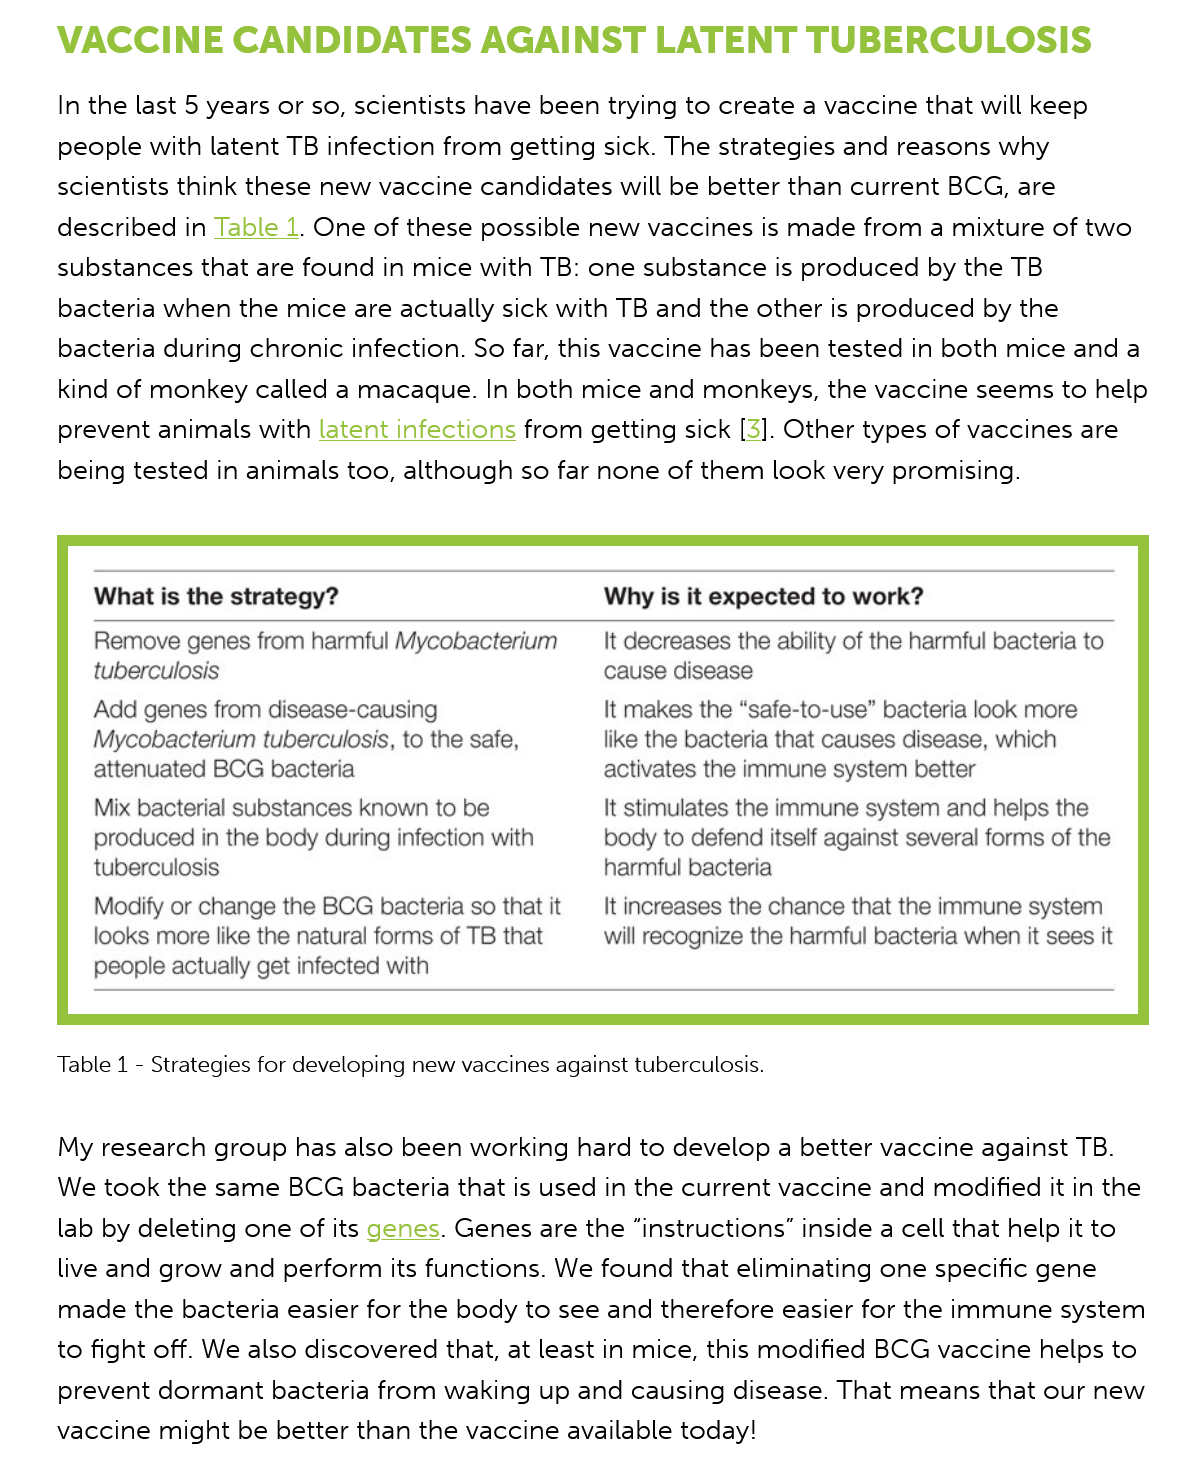
VACCINE    CANDIDATES    AGAINST    LATENT    TUBERCULOSIS
     In the last 5 years or so, scientists have been trying to create a vaccine that will keep
     people with latent TB infection from getting sick. The strategies and reasons why
     scientists think these new vaccine candidates will be better than current BCG, are
     described in Table 1. One of these possible new vaccines is made from a mixture of two
     substances that are found in mice with TB: one substance is produced by the TB
     bacteria when the mice are actually sick with TB and the other is produced by the
     bacteria during chronic infection. So far, this vaccine has been tested in both mice and a
     kind of monkey called a macaque. In both mice and monkeys, the vaccine seems to help
     prevent animals with latent infections from getting sick [3]. Other types of vaccines are
     being tested in animals too, although so far none of them look very promising.
     Table 1
     - Strategies for developing new vaccines against tuberculosis.
     My research group has also been working hard to develop a better vaccine against TB.
     We took the same BCG bacteria that is used in the current vaccine and modified it in the
     lab by deleting one of its genes. Genes are the “instructions” inside a cell that help it to
     live and grow and perform its functions. We found that eliminating one specific gene
     made the bacteria easier for the body to see and therefore easier for the immune system
     to fight off. We also discovered that, at least in mice, this modified BCG vaccine helps to
     prevent dormant bacteria from waking up and causing disease. That means that our new
     vaccine might be better than the vaccine available today!